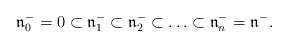
LaTeX: \begin{align*}\mathfrak n^-_0=0\subset \mathfrak n^-_1\subset\mathfrak n^-_2\subset\ldots \subset\mathfrak n^-_n=\mathfrak n^-.\end{align*}